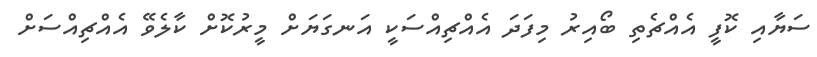
ސަޔާއި ކޮފީ އެއްޗެތި ބޯއިރު މިފަދަ އެއްޗިއްސަކީ އަނގަޔަށް މީރުކޮށް ކާލެވޭ އެއްޗިއްސަށް